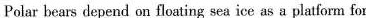
Polar bears depend on floating sea ice as a platform for